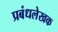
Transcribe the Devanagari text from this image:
प्रबंधलेखक